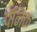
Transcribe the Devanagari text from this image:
पॅनिक